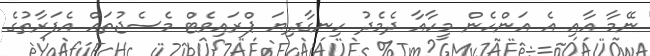
ނޭމާ އާއި އެ އަންހެން މީހާއާ ދެމެދު ހިނގާދިޔަ ޕްރައިވެޓް މެސެޖުތައް އެފަރާތުގެ